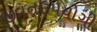
જીવનઉપયોગી